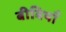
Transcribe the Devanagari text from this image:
बीबियाँ